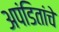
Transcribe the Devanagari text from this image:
अपंडितांचे